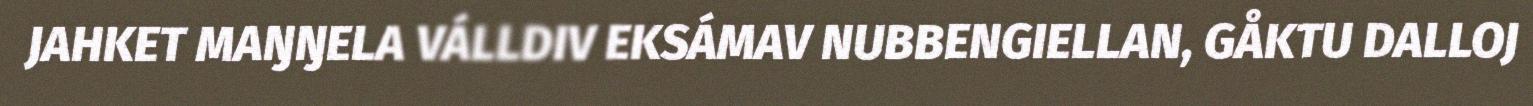
JAHKET MAŊŊELA VÁLLDIV EKSÁMAV NUBBENGIELLAN, GÅKTU DALLOJ